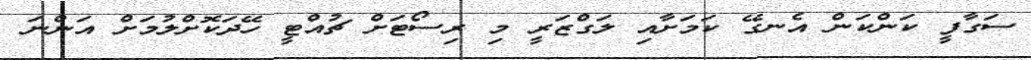
ސަގާފީ ކަންކަން އެނގޭ ކަމަށާއި ލަގްޒަރީ މި ރިސޯޓަށް ޗުއްޓީ ހޭދަކޮށްލުމަށް އަންނަ